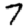
Digit: 7